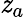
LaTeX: \mathit{z}_{a}